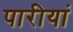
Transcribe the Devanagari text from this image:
पारीयां